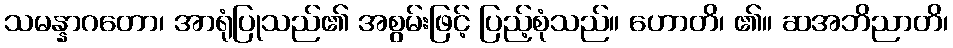
သမန္နာဂတော၊ အာရုံပြုသည်၏ အစွမ်းဖြင့် ပြည့်စုံသည်။ ဟောတိ၊ ၏။ ဆအဘိညာတိ၊